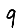
Digit: 9